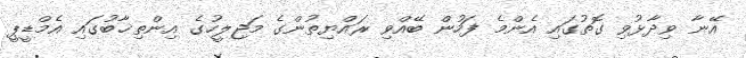
އޭނާ ވިދާޅުވި ގޮތުގައި އެންމެ ފަހުން ބޭއްވި ރައްޔިތުންގެ މަޖިލީހުގެ އިންތިޚާބުގައި އެމްޑީޕީ